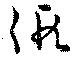
假